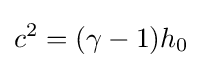
c^{2}=(\gamma -1)h_{0}